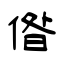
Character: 偺